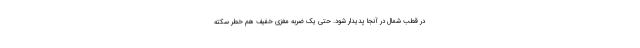
در قطب شمال در آنجا پدیدار شود. حتی یک ضربه مغزی خفیف هم خطر سکته